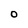
Character: O